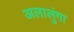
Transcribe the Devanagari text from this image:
अलालुंगा